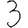
Digit: 3